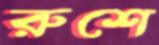
রুশে